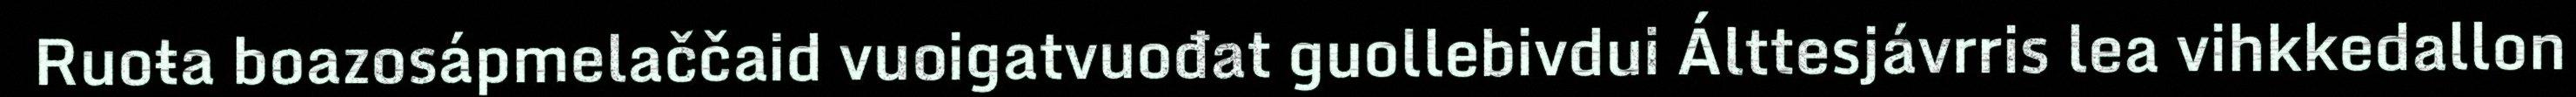
Ruoŧa boazosápmelaččaid vuoigatvuođat guollebivdui Álttesjávrris lea vihkkedallon